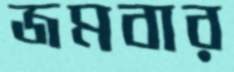
জমবার